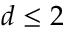
d \leq 2